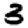
Digit: 3